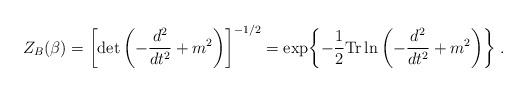
LaTeX: \begin{align*}Z_B(\beta)=\left[\det\left( -{d^2\over dt^2}+m^2\right)\right]^{-1/2}=\exp\biggl\{ -{1\over2} {\rm Tr}\ln\left( -{d^2\over dt^2}+m^2\right)\biggr\}\; .\end{align*}